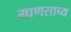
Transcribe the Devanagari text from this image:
माणसाच्य